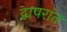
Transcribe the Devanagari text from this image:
द्वापरांत